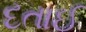
દતાઈ